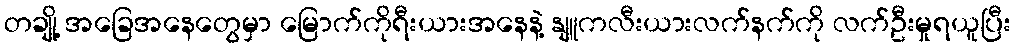
တချို့ အခြေအနေတွေမှာ မြောက်ကိုရီးယားအနေနဲ့ နျူကလီးယားလက်နက်ကို လက်ဦးမှုရယူပြီး